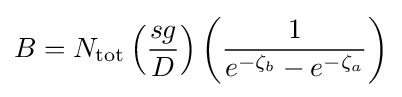
B=N_{\text{tot}}\left({\frac {sg}{D}}\right)\left({\frac {1}{e^{-\zeta _{b}}-e^{-\zeta _{a}}}}\right)